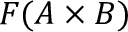
F ( A \times B )